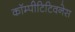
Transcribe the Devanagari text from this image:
कॉम्पीटिटिवनेस